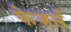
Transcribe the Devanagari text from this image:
फेजर्स